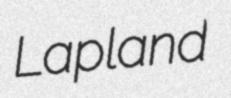
Lapland